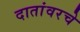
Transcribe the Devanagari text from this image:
दातांवरचे